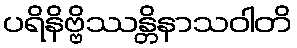
ပရိနိဗ္ဗိဿန္တိနာသဝါတိ